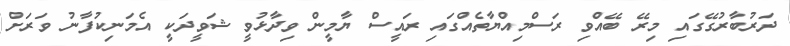
ދަރުބާރުގޭގައި މިރޭ ބޭއްވި ރަސްމިއްޔާތެއްގައި ރައީސް ޔާމީން ވިދާޅުވީ ޝަވީދަކީ އެމަނިކުފާނު ވަރަށް